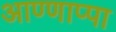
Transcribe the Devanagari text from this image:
आण्णाप्पा